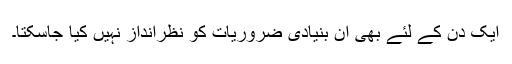
ایک دن کے لئے بھی ان بنیادی ضروریات کو نظرانداز نہیں کیا جاسکتا۔